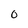
Character: O